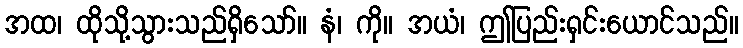
အထ၊ ထိုသို့သွားသည်ရှိသော်။ နံ၊ ကို။ အယံ၊ ဤပြည်းရှင်းယောင်သည်။